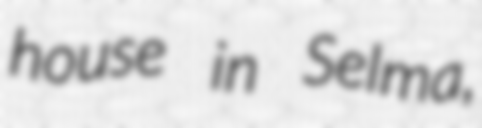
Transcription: house in Selma,